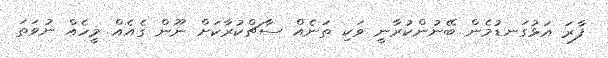
ފާރަ އަޅުގަނޑުމެން ބޭނުންކުރާނީ ވަކި ތަނެއް ސާޗްކުރާކަށް ނޫން ގެއެއް މީހެއް ނުވަތަ